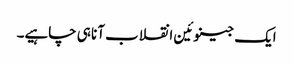
ایک جینوئین انقلاب آنا ہی چاہیے۔